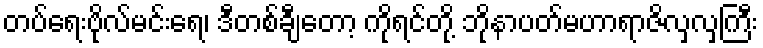
တပ်ရေးဗိုလ်မင်းရေ၊ ဒီတစ်ချီတော့ ကိုရင်တို့ ဘိုနာပတ်မဟာရာဇိလှလှကြီး